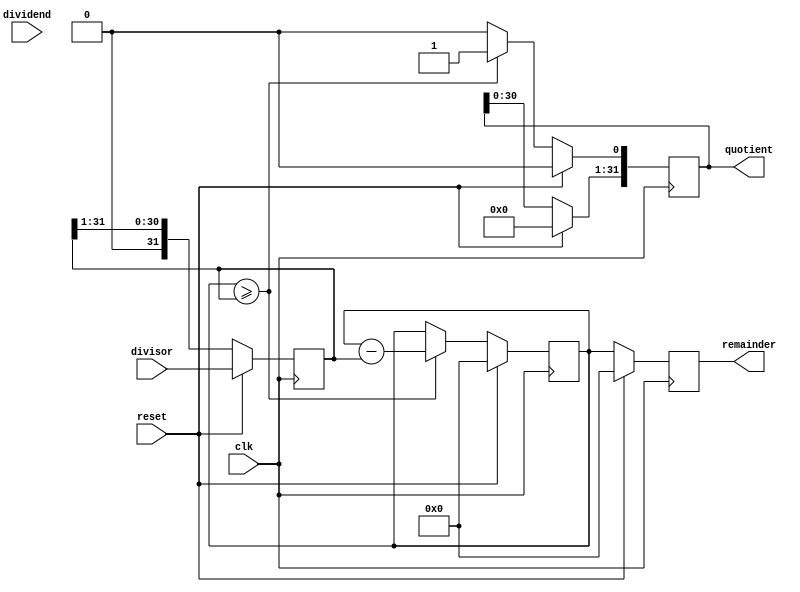
module Radix2_SRT_Divider (
    input wire clk,
    input wire reset,
    input wire [31:0] dividend,
    input wire [31:0] divisor,
    output reg [31:0] quotient,
    output reg [31:0] remainder
);

reg [31:0] partial_remainder;
reg [31:0] shift_divisor;

always @(posedge clk) begin
    if (reset) begin
        partial_remainder <= 32'd0;
        shift_divisor <= divisor;
        quotient <= 32'd0;
    end else begin
        if (partial_remainder >= shift_divisor) begin
            partial_remainder <= partial_remainder - shift_divisor;
            shift_divisor <= shift_divisor >> 1;
            quotient <= quotient << 1;
            quotient[0] <= 1;
        end else begin
            shift_divisor <= shift_divisor >> 1;
            quotient <= quotient << 1;
        end
    end
end

always @(posedge clk) begin
    if (reset) begin
        remainder <= 32'd0;
    end else begin
        remainder <= partial_remainder;
    end
end

endmodule